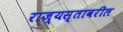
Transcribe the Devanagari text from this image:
राज्यस्तावरील